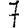
Digit: 7